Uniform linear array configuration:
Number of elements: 8
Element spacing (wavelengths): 1
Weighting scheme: hann
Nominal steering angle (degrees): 45
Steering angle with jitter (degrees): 46.87
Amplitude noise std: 0.05
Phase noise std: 0.05

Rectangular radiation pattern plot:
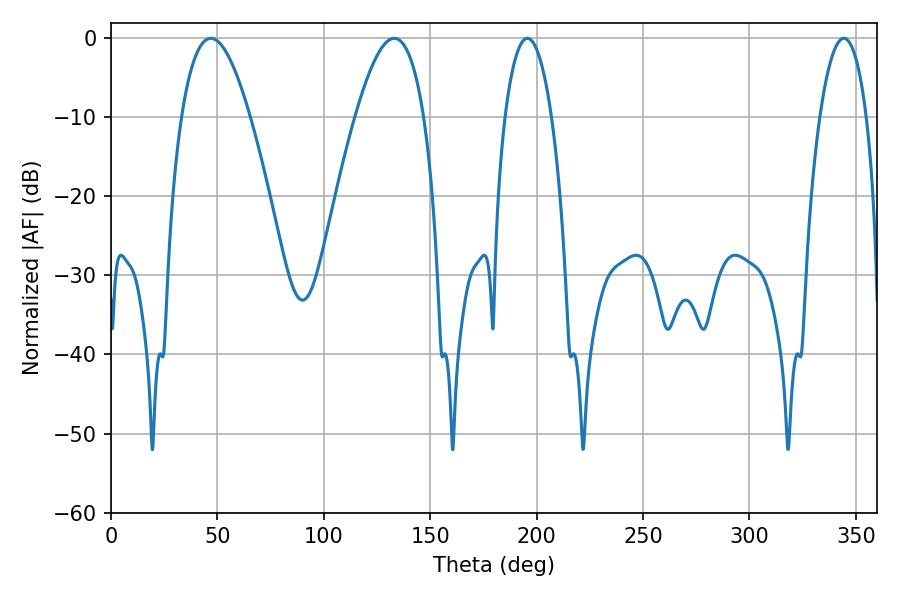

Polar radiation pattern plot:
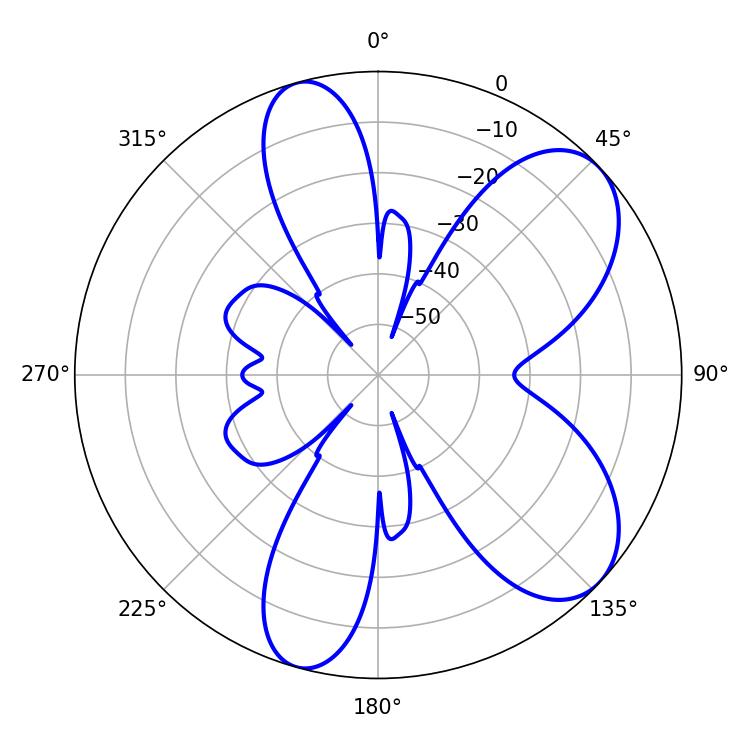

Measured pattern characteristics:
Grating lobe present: TRUE
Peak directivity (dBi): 7.382
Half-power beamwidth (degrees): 12.24
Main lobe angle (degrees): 195.66